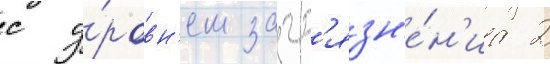
с у́ровн'ем загр'язн'е́н'иа 2